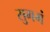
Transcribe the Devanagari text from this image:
सुगमं